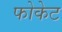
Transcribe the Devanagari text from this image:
फोकेट